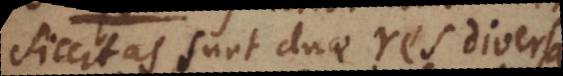
siccitas sunt duae res diversae